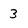
Character: 3